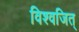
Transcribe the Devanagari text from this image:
विश्वजित्‌